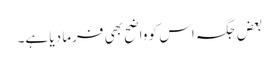
بعض جگہ اس کو واضح بھی فرما دیا ہے۔